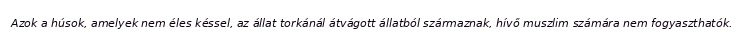
Azok a húsok, amelyek nem éles késsel, az állat torkánál átvágott állatból származnak, hívő muszlim számára nem fogyaszthatók.